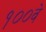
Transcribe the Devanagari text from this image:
१००वे